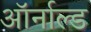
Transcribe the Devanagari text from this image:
ऑर्नाल्ड